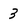
Character: 3